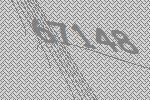
67148